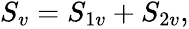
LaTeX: \begin{array}{r}{S_{v}=S_{1v}+S_{2v},}\end{array}